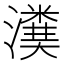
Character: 𤀬